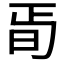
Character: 𣅰